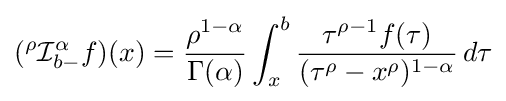
({}^{\rho }{\mathcal {I}}_{b-}^{\alpha }f)(x)={\frac {\rho ^{1-\alpha }}{\Gamma ({\alpha })}}\int _{x}^{b}{\frac {\tau ^{\rho -1}f(\tau )}{(\tau ^{\rho }-x^{\rho })^{1-\alpha }}}\,d\tau